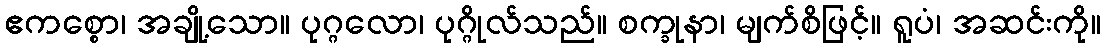
ဧကစ္စော၊ အချို့သော။ ပုဂ္ဂလော၊ ပုဂ္ဂိုလ်သည်။ စက္ခုနာ၊ မျက်စိဖြင့်။ ရူပံ၊ အဆင်းကို။